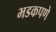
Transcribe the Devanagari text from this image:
भडकपणे